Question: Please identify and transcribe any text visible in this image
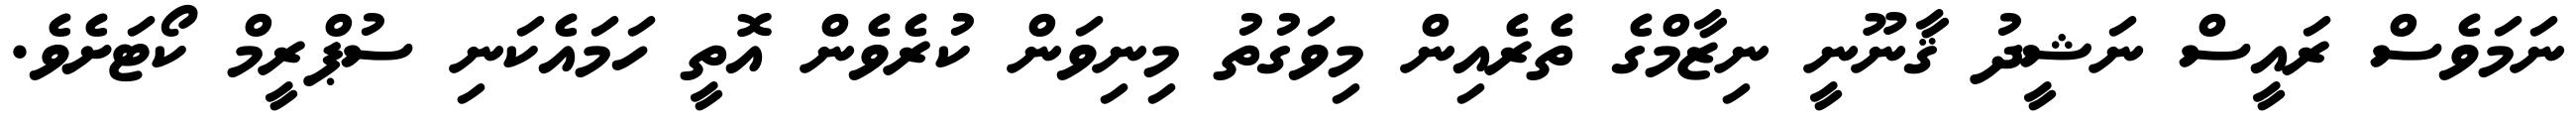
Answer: ނަމަވެސް ރައީސް ނަޝީދު ޤާނޫނީ ނިޒާމްގެ ތެރެއިން މިވަގުތު މިނިވަން ކުރެވެން އޮތީ ހަމައެކަނި ސުޕްރީމް ކޯޓަށެވެ.